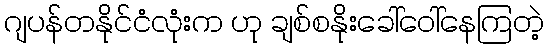
ဂျပန်တနိုင်ငံလုံးက ဟု ချစ်စနိုးခေါ်ဝေါ်နေကြတဲ့